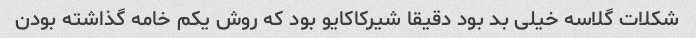
شکلات گلاسه خیلی بد بود دقیقا شیرکاکایو بود که روش یکم خامه گذاشته بودن